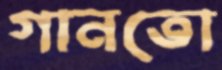
গানতো